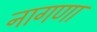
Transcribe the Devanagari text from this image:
नागणा